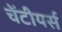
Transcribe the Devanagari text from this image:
चेंटीयर्स